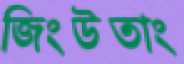
জিংউতাং